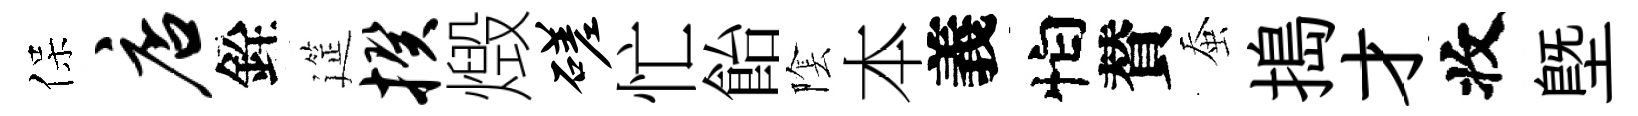
保店銓筵揆燬磋忙飴隂本義怕賛蚕搗才收塈